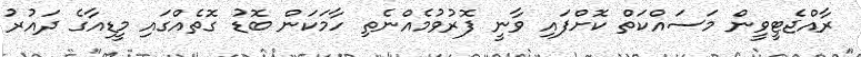
ރާއްޖެޓީވީން މަސައްކަތް ކޮށްފައި ވާނީ ފޮރުވުމެއްނެތި ހާމަކަން ބޮޑު ގޮތެއްގައި މީޑިއާގެ ދައުރު